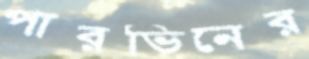
পারভিনের